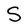
Character: S